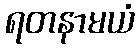
ရတနာမယံ